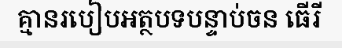
គ្មានរបៀបអត្ថបទបន្ទាប់ចន ធើរី